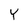
Character: Y